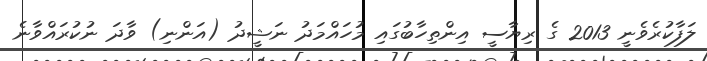
ލަފާކުރެވެނީ 2013 ގެ ރިޔާސީ އިންތިހާބުގައި މުހައްމަދު ނަޝީދު (އަންނި) ވާދަ ނުކުރައްވާނެ